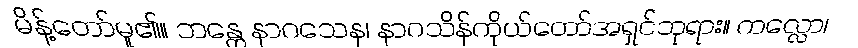
မိန့်တော်မူ၏။ ဘန္တေ နာဂသေန၊ နာဂသိန်ကိုယ်တော်အရှင်ဘုရား။ ကလ္လော၊